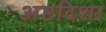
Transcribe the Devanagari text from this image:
अष्टदिशा